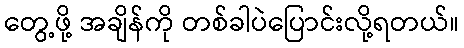
တွေ့ဖို့ အချိန်ကို တစ်ခါပဲပြောင်းလို့ရတယ်။